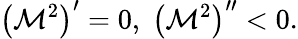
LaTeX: \left(\mathcal{M}^{2}\right)^{\prime}=0,\; \left(\mathcal{M}^{2}\right)^{\prime\prime}<0.